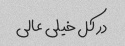
در کل خیلی عالی